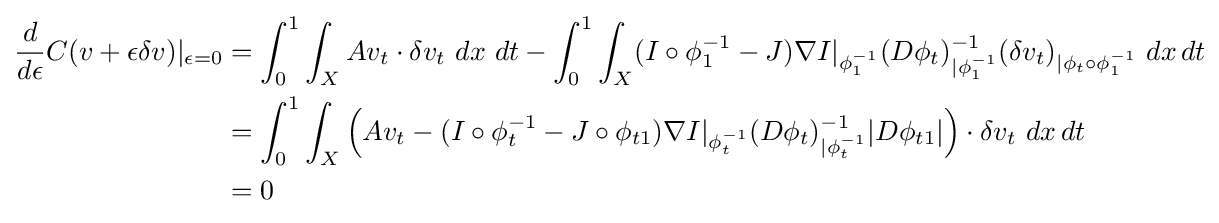
{\begin{aligned}{\frac {d}{d\epsilon }}C(v+\epsilon \delta v)|_{\epsilon =0}&=\int _{0}^{1}\int _{X}Av_{t}\cdot \delta v_{t}\ dx\ dt-\int _{0}^{1}\int _{X}(I\circ \phi _{1}^{-1}-J)\nabla I|_{\phi _{1}^{-1}}(D\phi _{t})_{|\phi _{1}^{-1}}^{-1}(\delta v_{t})_{|{\phi _{t}\circ \phi _{1}^{-1}}}\ dx\,dt\\&=\int _{0}^{1}\int _{X}\left(Av_{t}-(I\circ \phi _{t}^{-1}-J\circ \phi _{t1})\nabla I|_{\phi _{t}^{-1}}(D\phi _{t})_{|\phi _{t}^{-1}}^{-1}|D\phi _{t1}|\right)\cdot \delta v_{t}\ dx\,dt\\&=0\end{aligned}}